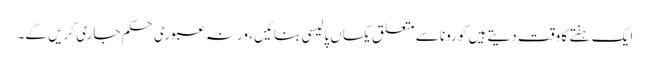
ایک ہفتے کا وقت دیتے ہیں کورونا سے متعلق یکساں پالیسی بنائیں ، ورنہ عبوری حکم جاری کریں گے۔